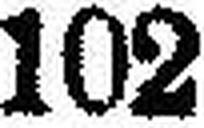
102